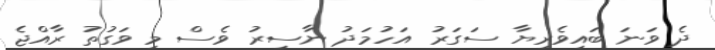
ދެ ވަނަ ބައިވެރިޔާ ސަގަރު އަހުމަދު ނާސިރު ވެސް މި ވަގުތު ރާއްޖެ